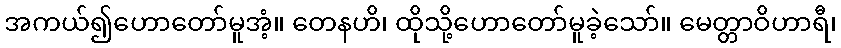
အကယ်၍ဟောတော်မူအံ့။ တေနဟိ၊ ထိုသို့ဟောတော်မူခဲ့သော်။ မေတ္တာဝိဟာရီ၊